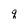
Character: q